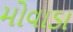
મોવાડા